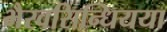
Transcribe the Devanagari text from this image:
भैरवसिन्धियया